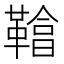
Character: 𩌞